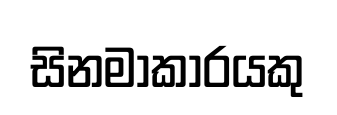
සිනමාකාරයකු